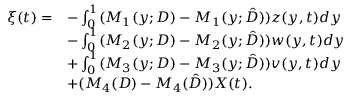
\begin{array} { r l } { \xi ( t ) = } & { - \int _ { 0 } ^ { 1 } ( M _ { 1 } ( y ; D ) - M _ { 1 } ( y ; \hat { D } ) ) z ( y , t ) d y } \\ & { - \int _ { 0 } ^ { 1 } ( M _ { 2 } ( y ; D ) - M _ { 2 } ( y ; \hat { D } ) ) w ( y , t ) d y } \\ & { + \int _ { 0 } ^ { 1 } ( M _ { 3 } ( y ; D ) - M _ { 3 } ( y ; \hat { D } ) ) v ( y , t ) d y } \\ & { + ( M _ { 4 } ( D ) - M _ { 4 } ( \hat { D } ) ) { X } ( t ) . } \end{array}